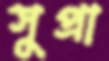
সুপ্রা